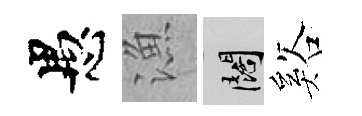
愚漁闊谿